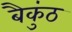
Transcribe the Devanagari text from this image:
बैकुंठ